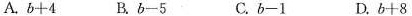
A. $$b + 4$$ B. $$b - 5$$ C. $$b - 1$$ D. $$b + 8$$